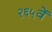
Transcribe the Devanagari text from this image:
२६५वें